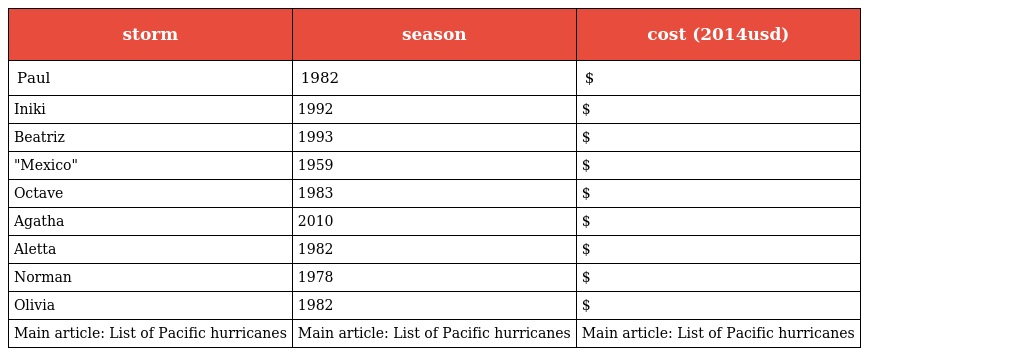
| storm | season | cost (2014usd) |
 | --- | --- | --- |
 | Paul | 1982 | $ |
 | Iniki | 1992 | $ |
 | Beatriz | 1993 | $ |
 | "Mexico" | 1959 | $ |
 | Octave | 1983 | $ |
 | Agatha | 2010 | $ |
 | Aletta | 1982 | $ |
 | Norman | 1978 | $ |
 | Olivia | 1982 | $ |
 | Main article: List of Pacific hurricanes | Main article: List of Pacific hurricanes | Main article: List of Pacific hurricanes |